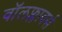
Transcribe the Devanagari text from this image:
वॉलफ्लावर्स